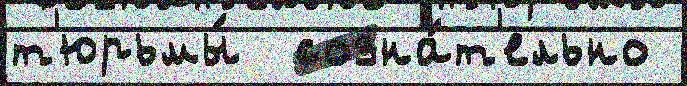
т'юрьмы́  созна́т'ельно